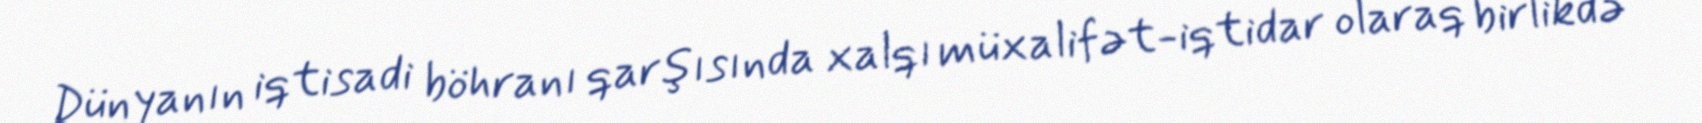
Dünyanın iqtisadi böhranı qarşısında xalqı müxalifət-iqtidar olaraq birlikdə